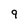
Character: 9